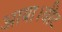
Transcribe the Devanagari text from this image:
आया।वीट